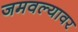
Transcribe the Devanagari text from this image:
जमवल्यावर